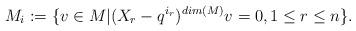
LaTeX: \begin{align*}M_i:=\{v\in M|(X_r-q^{i_{r}})^{dim(M)}v=0 ,1\leq r\leq n \}. \end{align*}